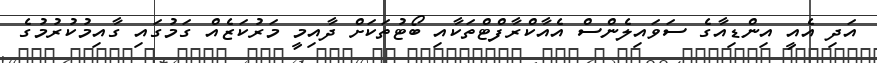
އަދި އެއީ އިންޑިއާގެ ސަވައިލެންސް އެއާކްރާފްޓްތަކާއި ބޯޓުތަކަށް ދާއިމީ މަރުކަޒެއް ގަމުގައި ގާއިމުކުރުމުގެ